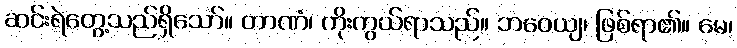
ဆင်းရဲတွေ့သည်ရှိသော်။ တာဏံ၊ ကိုးကွယ်ရာသည်။ ဘဝေယျ၊ ဖြစ်ရာ၏။ မေ၊